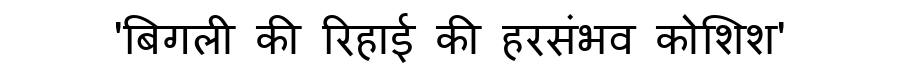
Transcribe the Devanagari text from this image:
'बिगली की रिहाई की हरसंभव कोशिश'